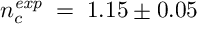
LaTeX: n _ { c } ^ { \mathit { e x p } } \; = \; 1 . 1 5 \pm 0 . 0 5